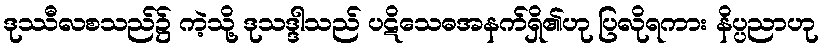
ဒုဿီလစသည်၌ ကဲ့သို့ ဒုသဒ္ဒါသည် ပဋိသေဓအနက်ရှိ၏ဟု ပြလိုရကား နိပ္ပညာဟု